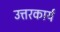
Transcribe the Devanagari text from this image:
उत्तरकार्य